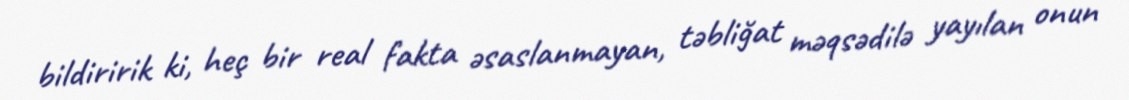
bildiririk ki, heç bir real fakta əsaslanmayan, təbliğat məqsədilə yayılan onun